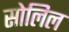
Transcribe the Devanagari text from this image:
सोलिल